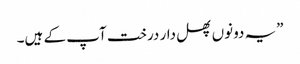
”یہ دونوں پھل دار درخت آپ کے ہیں۔